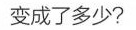
变成了多少？